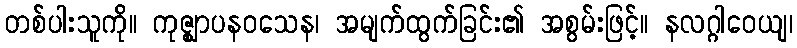
တစ်ပါးသူကို။ ကုဇ္ဈာပနဝသေန၊ အမျက်ထွက်ခြင်း၏ အစွမ်းဖြင့်။ နလဂ္ဂါဝေယျ၊